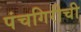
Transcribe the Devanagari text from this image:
पंचगिरीची